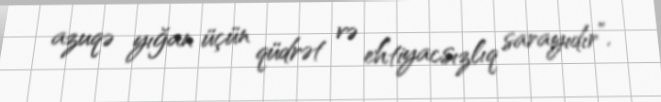
azuqə yığan üçün qüdrət və ehtiyacsızlıq sarayıdır”.